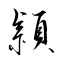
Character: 頴